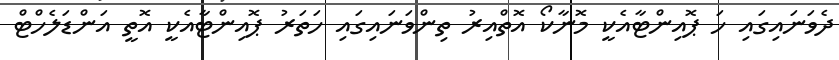
ދެވަނައިގައި ހަ ޕޮއިންޓާއެކީ މޮނާކޯ އޮތްއިރު ތިންވަނައިގައި ހަތަރު ޕޮއިންޓާއެކީ އޮތީ އަންޑަލެހްޓް